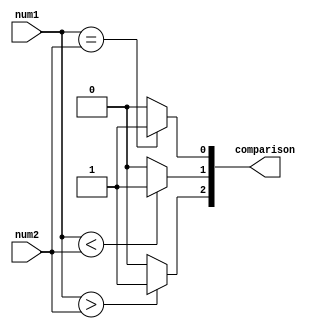
module two_bit_comparator (
    input [1:0] num1,
    input [1:0] num2,
    output [2:0] comparison
);

assign comparison[2] = (num1 > num2) ? 3'b001 : 3'b000;
assign comparison[1] = (num1 < num2) ? 3'b001 : 3'b000;
assign comparison[0] = (num1 == num2) ? 3'b001 : 3'b000;

endmodule